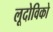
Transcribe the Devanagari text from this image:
लूदोविको